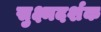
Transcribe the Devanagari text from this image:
सुक्ष्मदर्शक